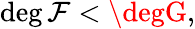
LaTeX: \deg\mathcal{F}<\degG,